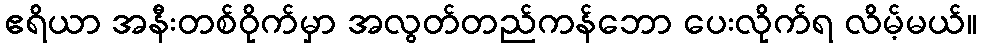
ဧရိယာ အနီးတစ်ဝိုက်မှာ အလွတ်တည်ကန်ဘော ပေးလိုက်ရ လိမ့်မယ်။